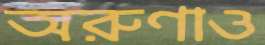
অরুণাও